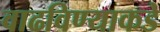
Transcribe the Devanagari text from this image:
वाढविण्याकडे